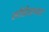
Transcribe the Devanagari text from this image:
लॉर्डसच्या